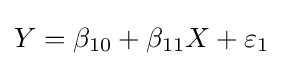
Y=\beta _{10}+\beta _{11}X+\varepsilon _{1}